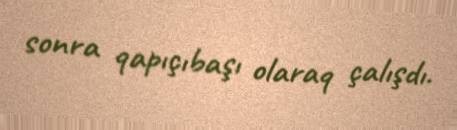
sonra qapıçıbaşı olaraq çalışdı.